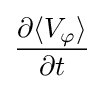
{\partial \langle V_{\varphi }\rangle  \over \partial t}